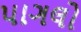
પાગલો